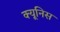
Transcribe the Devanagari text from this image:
क्यूनिस